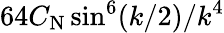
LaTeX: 64C_{\mathrm{N}}\sin^{6}(k/2)/k^{4}